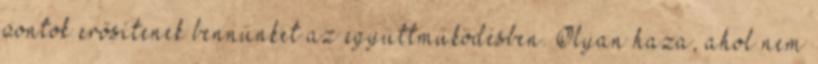
pontok erősítenek bennünket az együttműködésben. Olyan haza, ahol nem